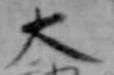
太